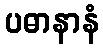
ပဓာနာနံ